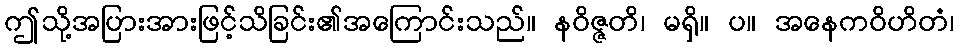
ဤသို့အပြားအားဖြင့်သိခြင်း၏အကြောင်းသည်။ နဝိဇ္ဇတိ၊ မရှိ။ ပ။ အနေကဝိဟိတံ၊